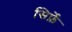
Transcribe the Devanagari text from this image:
सिर्फ़े